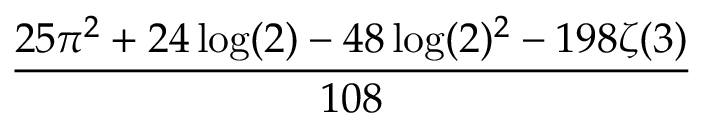
\frac { 2 5 \pi ^ { 2 } + 2 4 \log ( 2 ) - 4 8 \log ( 2 ) ^ { 2 } - 1 9 8 \zeta ( 3 ) } { 1 0 8 }